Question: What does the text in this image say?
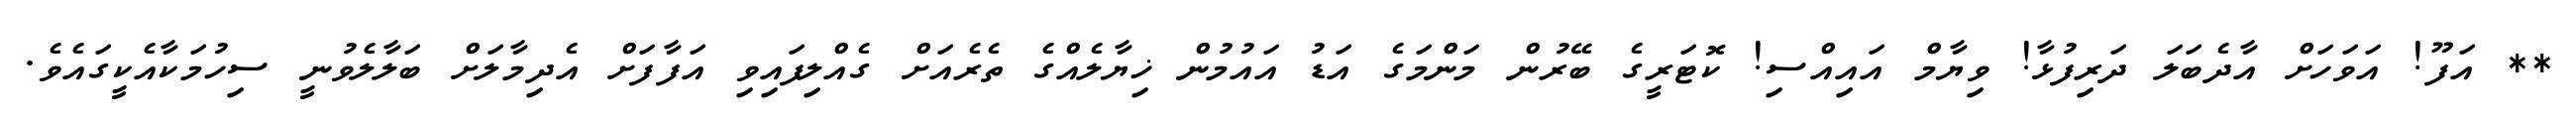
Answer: ** އަފޫ! އަވަހަށް އާދެބަލަ ދަރިފުޅާ! ވިޔާމް އައިއްސި! ކޮޓަރީގެ ބޭރުން މަންމަގެ އަޑު އައުމުން ޚިޔާލެއްގެ ތެރެއަށް ގެއްލިފައިވި އަފާފަށް އެދިމާލަށް ބަލާލެވުނީ ސިހުމަކާއެކީގައެވެ.